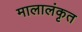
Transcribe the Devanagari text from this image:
मालालंकृत